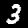
Digit: 3